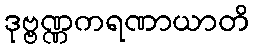
ဒုဗ္ဗဏ္ဏကရဏာယာတိ